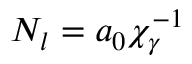
N _ { l } = a _ { 0 } \chi _ { \gamma } ^ { - 1 }